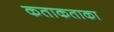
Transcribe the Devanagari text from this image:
कताकताका